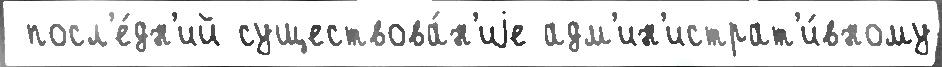
 посл'е́дн'ий существова́н'иjе адм'ин'истрат'и́вному